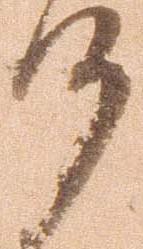
候